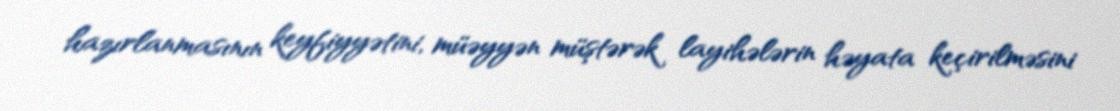
hazırlanmasının keyfiyyətini, müəyyən müştərək layihələrin həyata keçirilməsini